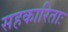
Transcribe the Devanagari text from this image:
सहकारिताः